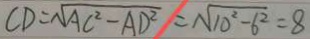
C D = \sqrt { A C ^ { 2 } - A D ^ { 2 } } = \sqrt { 1 0 ^ { 2 } - 6 ^ { 2 } } = 8